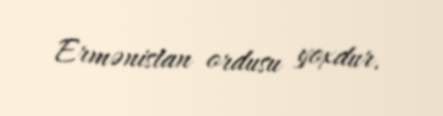
Ermənistan ordusu yoxdur.